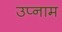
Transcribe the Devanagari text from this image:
उप्नाम